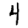
Digit: 4